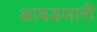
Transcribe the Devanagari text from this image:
आवडणारी